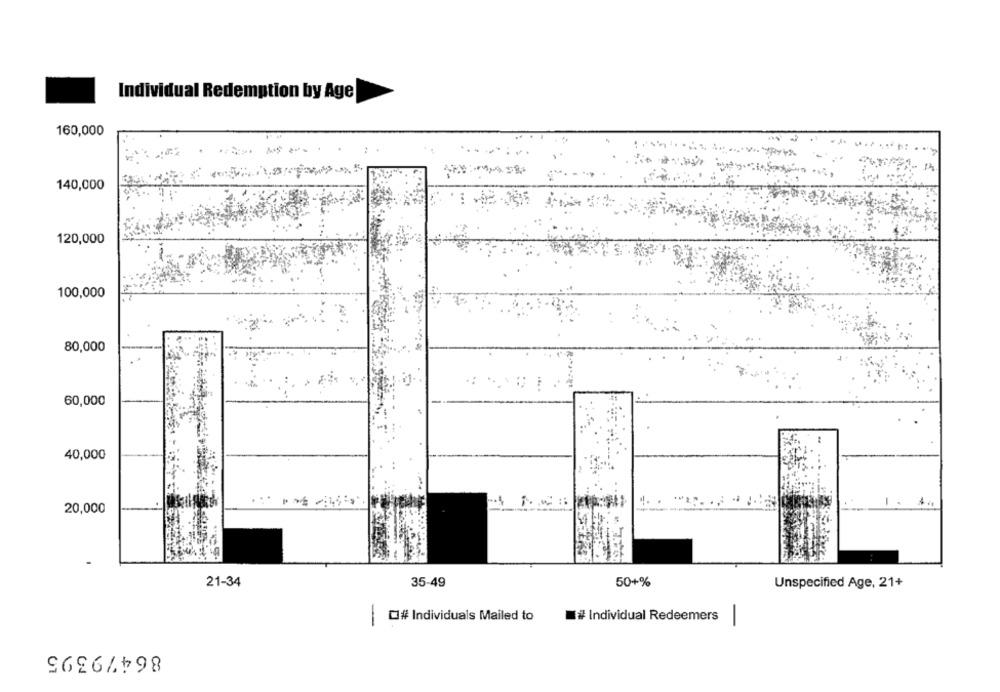
Individual Redemption by Age
160,000
--
140,000
120,000
100,000
80,000
60,000
40,000
20,000
21-34
35-49
50+%
Unspecified Age, 21+
-
C# Individuals Mailed to
# Individual Redeemers
-
86479395